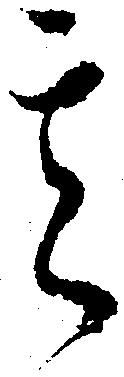
其